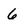
Character: 6